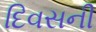
દિવસની